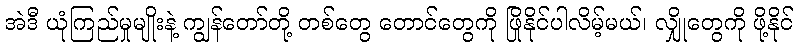
အဲဒီ ယုံကြည်မှုမျိုးနဲ့ ကျွန်တော်တို့ တစ်တွေ တောင်တွေကို ဖြိုနိုင်ပါလိမ့်မယ်၊ လျှိုတွေကို ဖို့နိုင်